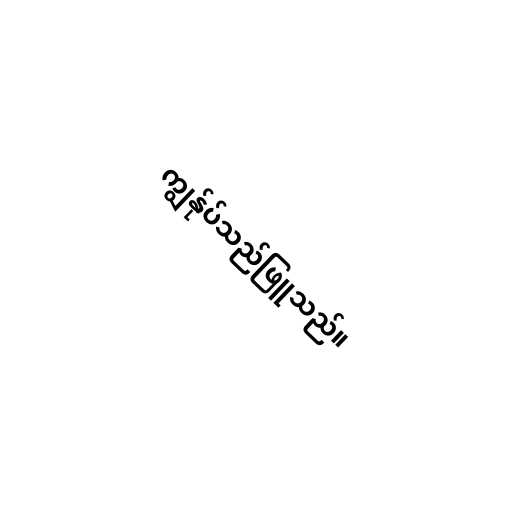
ကျွန်ုပ်သည်ဖြူသည်။